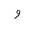
Letter: _waw